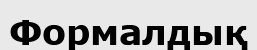
Формалдық